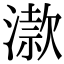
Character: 𣽟